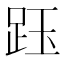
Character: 𧿷